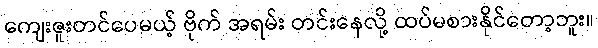
ကျေးဇူးတင်ပေမယ့် ဗိုက် အရမ်း တင်းနေလို့ ထပ်မစားနိုင်တော့ဘူး။